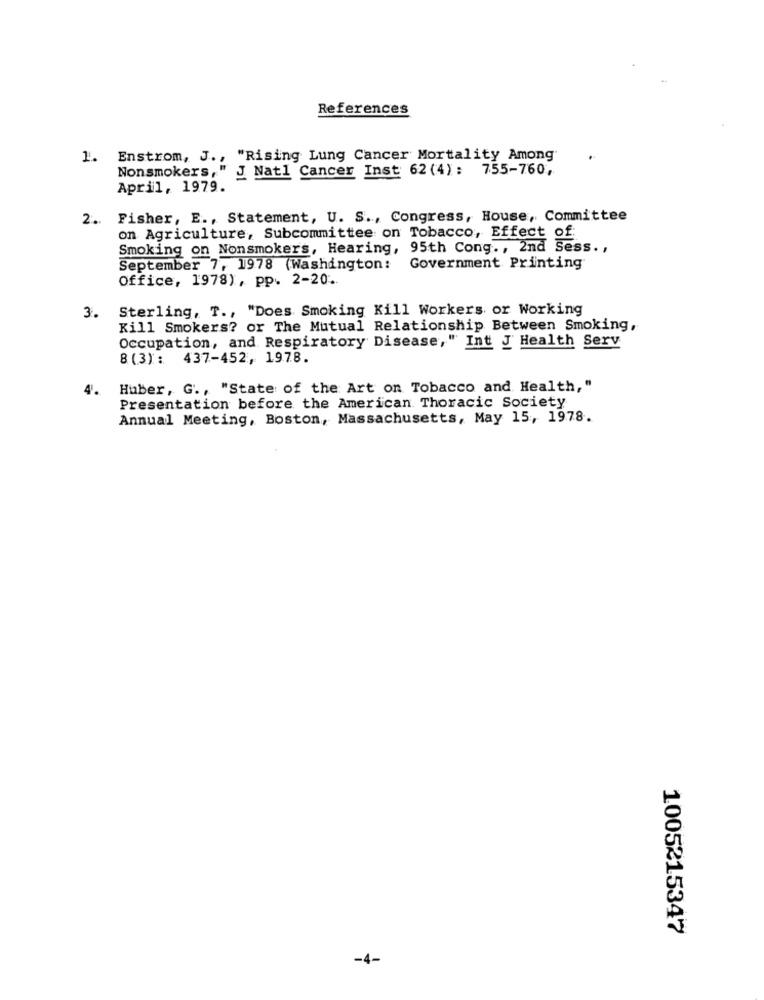
References
1. Enstrom, J ., "Rising Lung Cancer Mortality Among'
Nonsmokers," J Natl Cancer Inst 62 (4): 755-760,
April, 1979.
2. Fisher, E ., Statement, U. S ., Congress, House, Committee
on Agriculture, Subcommittee on Tobacco, Effect of:
Smoking on Nonsmoker's, Hearing, 95th Cong ., 2nd Sess .,
September 7, 1978 (Washington: Government Printing
Office, 1978), pp. 2-20 ..
3. Sterling, T ., "Does Smoking Kill Workers or Working
Kill Smokers? or The Mutual Relationship Between Smoking,
Occupation, and Respiratory Disease," Int J Health Serv
8 (3): 437-452, 1978.
4.
Huber, G ., "State of the Art on Tobacco and Health,"
Presentation before the American Thoracic Society
Annual Meeting, Boston, Massachusetts, May 15, 1978.
1005215347
-4-